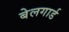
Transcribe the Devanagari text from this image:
बेलगार्ड